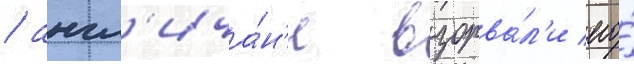
/ англ'ича́н'е взорва́л'и его́